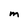
Character: m